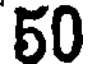
50